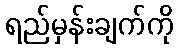
ရည်မှန်းချက်ကို